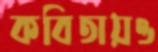
কবিতায়ও